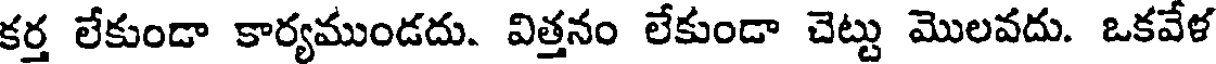
కర్త లేకుండా కార్యముండదు. విత్తనం లేకుండా చెట్టు మొలవదు. ఒకవేళ